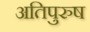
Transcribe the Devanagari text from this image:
अतिपुरुष